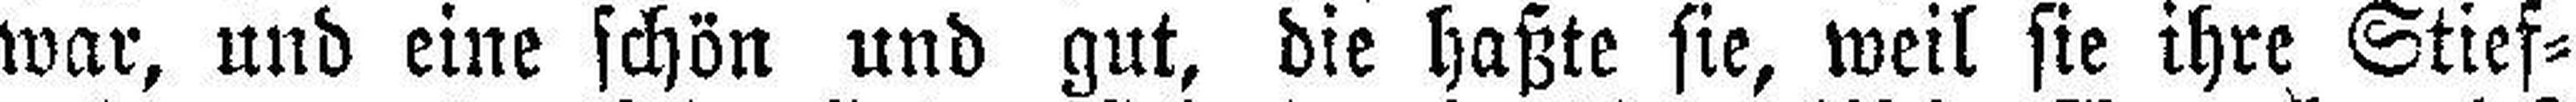
war, und eine schön und gut, die haßte sie, weil sie ihre Stief¬